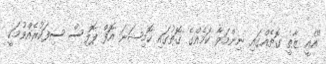
"އެއީ ޒާތީ ގޮތެއްގައި ނިންމަވާ ކަމެއްގެ ގޮތުގައި ކޮމިޝަނަ އޮފް ޕޮލިސް ސިފަކުރެއްވުމަކީ